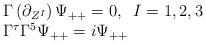
LaTeX: \begin{align*}\begin{array}{l}\Gamma\left(\partial_{Z^I}\right)\Psi_{++}=0,\;\;I=1,2,3\\\Gamma^{\tau}\Gamma^5\Psi_{++}=i\Psi_{++}\end{array}\end{align*}